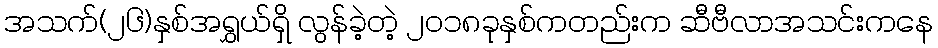
အသက်(၂၆)နှစ်အရွှယ်ရှိ လွန်ခဲ့တဲ့ ၂၀၁၈ခုနှစ်ကတည်းက ဆီဗီလာအသင်းကနေ